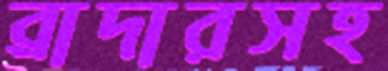
ব্রাদারসহ